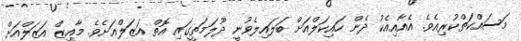
މަސައްކަތްކުރިއެވެ. އެއާއިއެކު ދެން ހައިކަލްއަށް ބަލައިލެވުނީ ދޫލަމަތީގައި އޮތް އަޒަލްއަށެވެ. މާއިޒް އަޒަލްއަށް